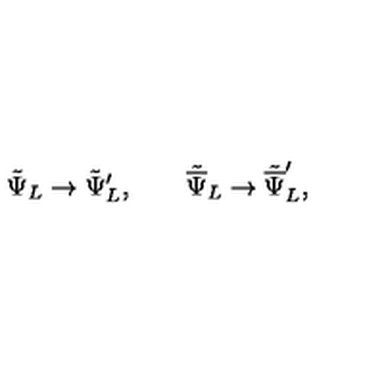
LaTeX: { \tilde { \Psi } } _ { L } \rightarrow { \tilde { \Psi } } _ { L } ^ { \prime } , \qquad { \tilde { \overline { \Psi } } } _ { L } \rightarrow { \tilde { \overline { \Psi } } } _ { L } ^ { \prime } ,